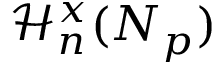
\mathcal { H } _ { n } ^ { x } ( N _ { p } )